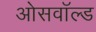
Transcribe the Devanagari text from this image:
ओसवॉल्ड